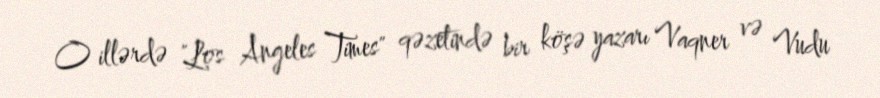
O illərdə "Los Angeles Times" qəzetində bir köşə yazarı Vaqner və Vudu